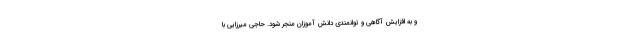
و به افزایش آگاهی و توانمندی دانش آموزان منجر شود. حاجی میرزایی با